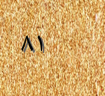
٨١